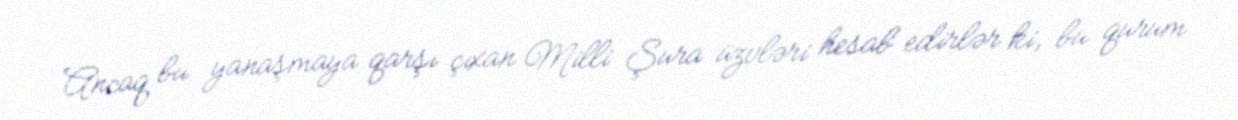
Ancaq bu yanaşmaya qarşı çıxan Milli Şura üzvləri hesab edirlər ki, bu qurum